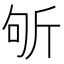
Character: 斪